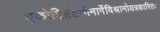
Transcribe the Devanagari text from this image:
एकोद्दिष्टंततोमार्गेविश्रामोयत्रकारितः